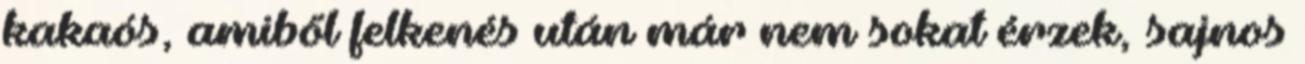
kakaós, amiből felkenés után már nem sokat érzek, sajnos